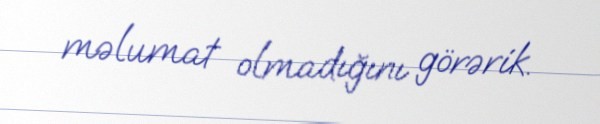
məlumat olmadığını görərik.